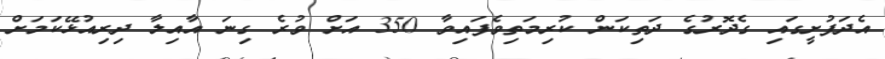
އެދަފުށީގައި ގެދޮރުގެ ދަތިކަން ކުރިމަތިވެފައިވާ 350 އަށް ވުރެ ގިނަ އާއިލާ ދިރިއުޅޭކަމަށް